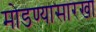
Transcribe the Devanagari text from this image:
मोडण्यासारखा